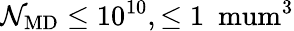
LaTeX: \mathcal{N}_{\mathrm{{MD}}}\leq10^{10},\leq1~\mathrm{{\ mum}}^{3}